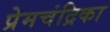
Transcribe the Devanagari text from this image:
प्रेमचंद्रिका